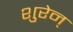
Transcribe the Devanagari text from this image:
शुरेन्